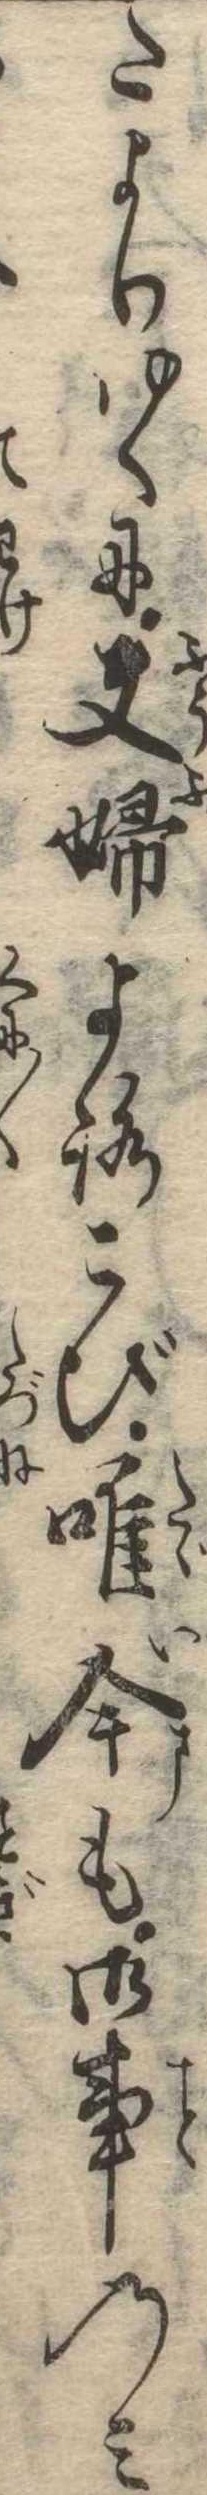
たよりゆくに夫婦よろこび唯今も御事のみ